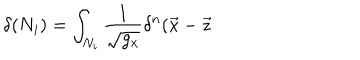
LaTeX: \delta ( N _ { i } ) = \int _ { N _ { i } } \frac 1 { \sqrt { g _ { x } } } \delta ^ { n } ( \vec { x } - \vec { z }